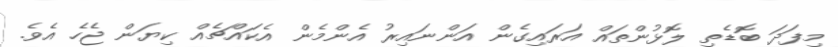
މިފަދަ ބޮޑެތި ލޮޅުންތައް އަރައިގެން އަންނައިރު އެންމެން އެކައްޗެއް ކިޔަން ޖެހެ އެވެ.